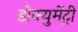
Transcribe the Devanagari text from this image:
डोक्युमेंट्री